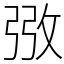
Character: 㢸